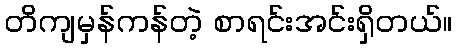
တိကျမှန်ကန်တဲ့ စာရင်းအင်းရှိတယ်။